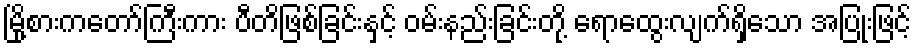
မြို့စားကတော်ကြီးကား ပီတိဖြစ်ခြင်းနှင့် ဝမ်းနည်းခြင်းတို့ ရောထွေးလျက်ရှိသော အပြုံးဖြင့်